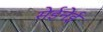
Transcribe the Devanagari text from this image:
सेईनेई